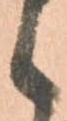
候